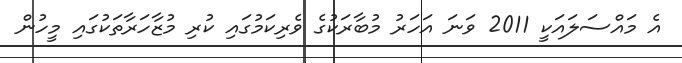
އެ މައްސަލައަކީ 2011 ވަނަ އަހަރު މުބާރަކުގެ ވެރިކަމުގައި ކުރި މުޒާހަރާތަކުގައި މީހުން